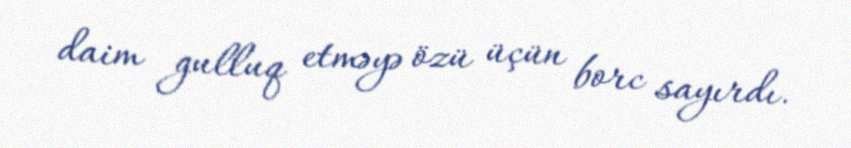
daim gulluq etməyə özü üçün borc sayırdı.